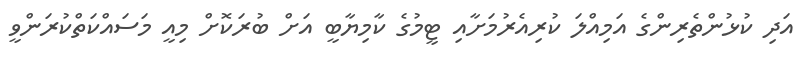
އަދި ކުޅުންތެރިންގެ އަމިއްލަ ކުރިއެރުމަށާއި ޓީމުގެ ކާމިޔާބީ އަށް ބުރަކޮށް މިއީ މަސައްކަތްކުރަންވީ